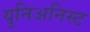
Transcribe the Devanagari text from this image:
युनिअनिस्ट